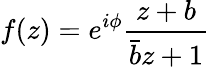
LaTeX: f(z)=e^{i\phi}{\frac{z+b}{{\bar{b}}z+1}}